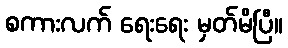
စကားလက် ရေးရေး မှတ်မိပြီ။